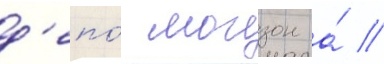
д'епо́ могзон а́ //